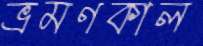
ভ্রমণকাল